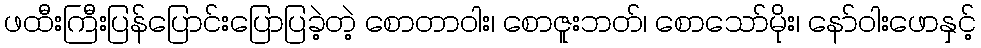
ဖထီးကြီးပြန်ပြောင်းပြောပြခဲ့တဲ့ စောတာဝါး၊ စောဇူးဘတ်၊ စောသော်မိုး၊ နော်ဝါးဖောနှင့်